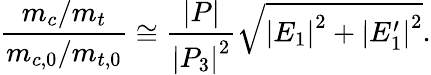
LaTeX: \frac{m_{c}/m_{t}}{m_{c,0}/m_{t,0}}\cong\frac{\left|P\right|}{\left|P_{3}\right|^{2}}\sqrt{\left|E_{1}\right|^{2}+\left|E_{1}^{\prime}\right|^{2}}.